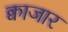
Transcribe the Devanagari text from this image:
क्वाजार